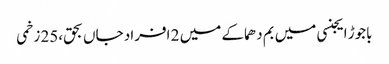
باجوڑ ایجنسی میں بم دھماکے میں 2 افراد جاں بحق،25 زخمی